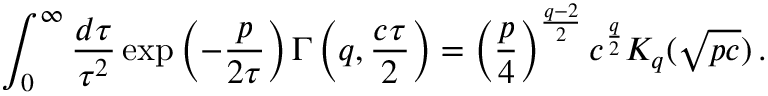
\int _ { 0 } ^ { \infty } \frac { d \tau } { \tau ^ { 2 } } \, \mathrm { e x p } \left( - \frac { p } { 2 \tau } \right) \Gamma \left( q , \frac { c \tau } 2 \right) = \left( \frac p 4 \right) ^ { \frac { q - 2 } 2 } c ^ { \frac q 2 } K _ { q } ( \sqrt { p c } ) \, .